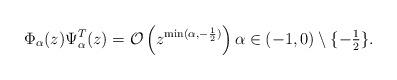
LaTeX: \begin{align*} \Phi_{\alpha}(z) \Psi_{\alpha}^T(z) = \mathcal O\left(z^{ \min(\alpha, - \frac{1}{2})}\right) \alpha \in (-1, 0) \setminus\{ -\tfrac{1}{2}\}. \end{align*}